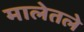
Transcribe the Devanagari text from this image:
मालेतले